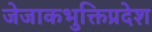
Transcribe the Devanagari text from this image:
जेजाकभुक्तिप्रदेश